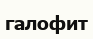
галофит